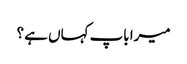
میرا باپ کہاں ہے ؟